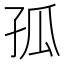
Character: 孤